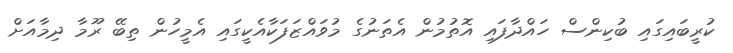
ކުރީބައިގައި ބުކިންސް ހައްދާފައި އޮތުމުން އެތަނުގެ މުވައްޒަފަކާއެކީގައި އެމީހުން ތިބޭ ރޫމާ ދިމާއަށް